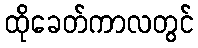
ထိုခေတ်ကာလတွင်